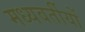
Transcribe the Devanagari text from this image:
मध्यवर्तीयों